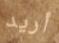
أريد